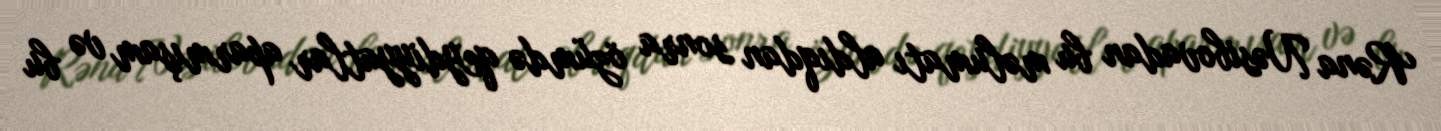
Rəna Nəsibovadan bu məlumatı aldıqdan sonra özümdə qeydiyyatlar aparmışam və bu